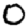
Digit: 0